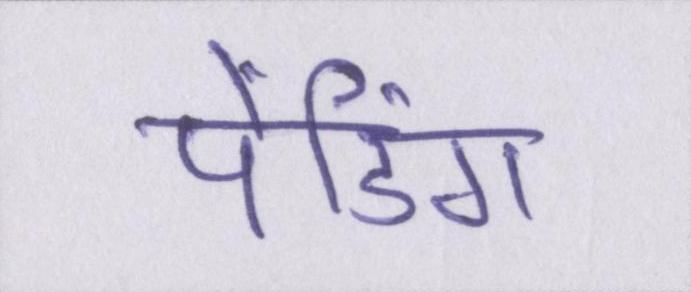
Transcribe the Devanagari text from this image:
पेंडिंग